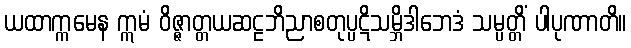
ယထာက္ကမေန ဣမံ ဝိဇ္ဇာတ္တယဆဠဘိညာစတုပ္ပဋိသမ္ဘိဒါဘေဒံ သမ္ပတ္တိံ ပါပုဏာတိ။